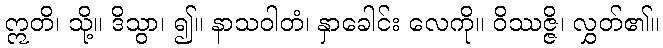
ဣတိ၊ သို့။ ဒိသွာ၊ ၍။ နာသဝါတံ၊ နှာခေါင်း လေကို။ ဝိဿဇ္ဇိ၊ လွှတ်၏။